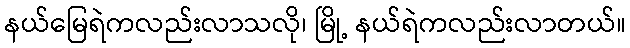
နယ်မြေရဲကလည်းလာသလို၊ မြို့ နယ်ရဲကလည်းလာတယ်။